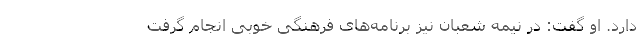
دارد. او گفت: در نیمه شعبان نیز برنامه‌های فرهنگی خوبی انجام گرفت